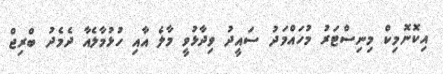
އިކޮނޮމިކް މިނިސްޓަރު މުހައްމަދު ސައީދު ވިދާޅުވީ މާލެ އާއި ހުޅުމާލެއާ ދެމެދު ބްރިޖް